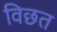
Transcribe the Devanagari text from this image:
विछत